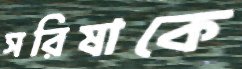
সরিষাকে